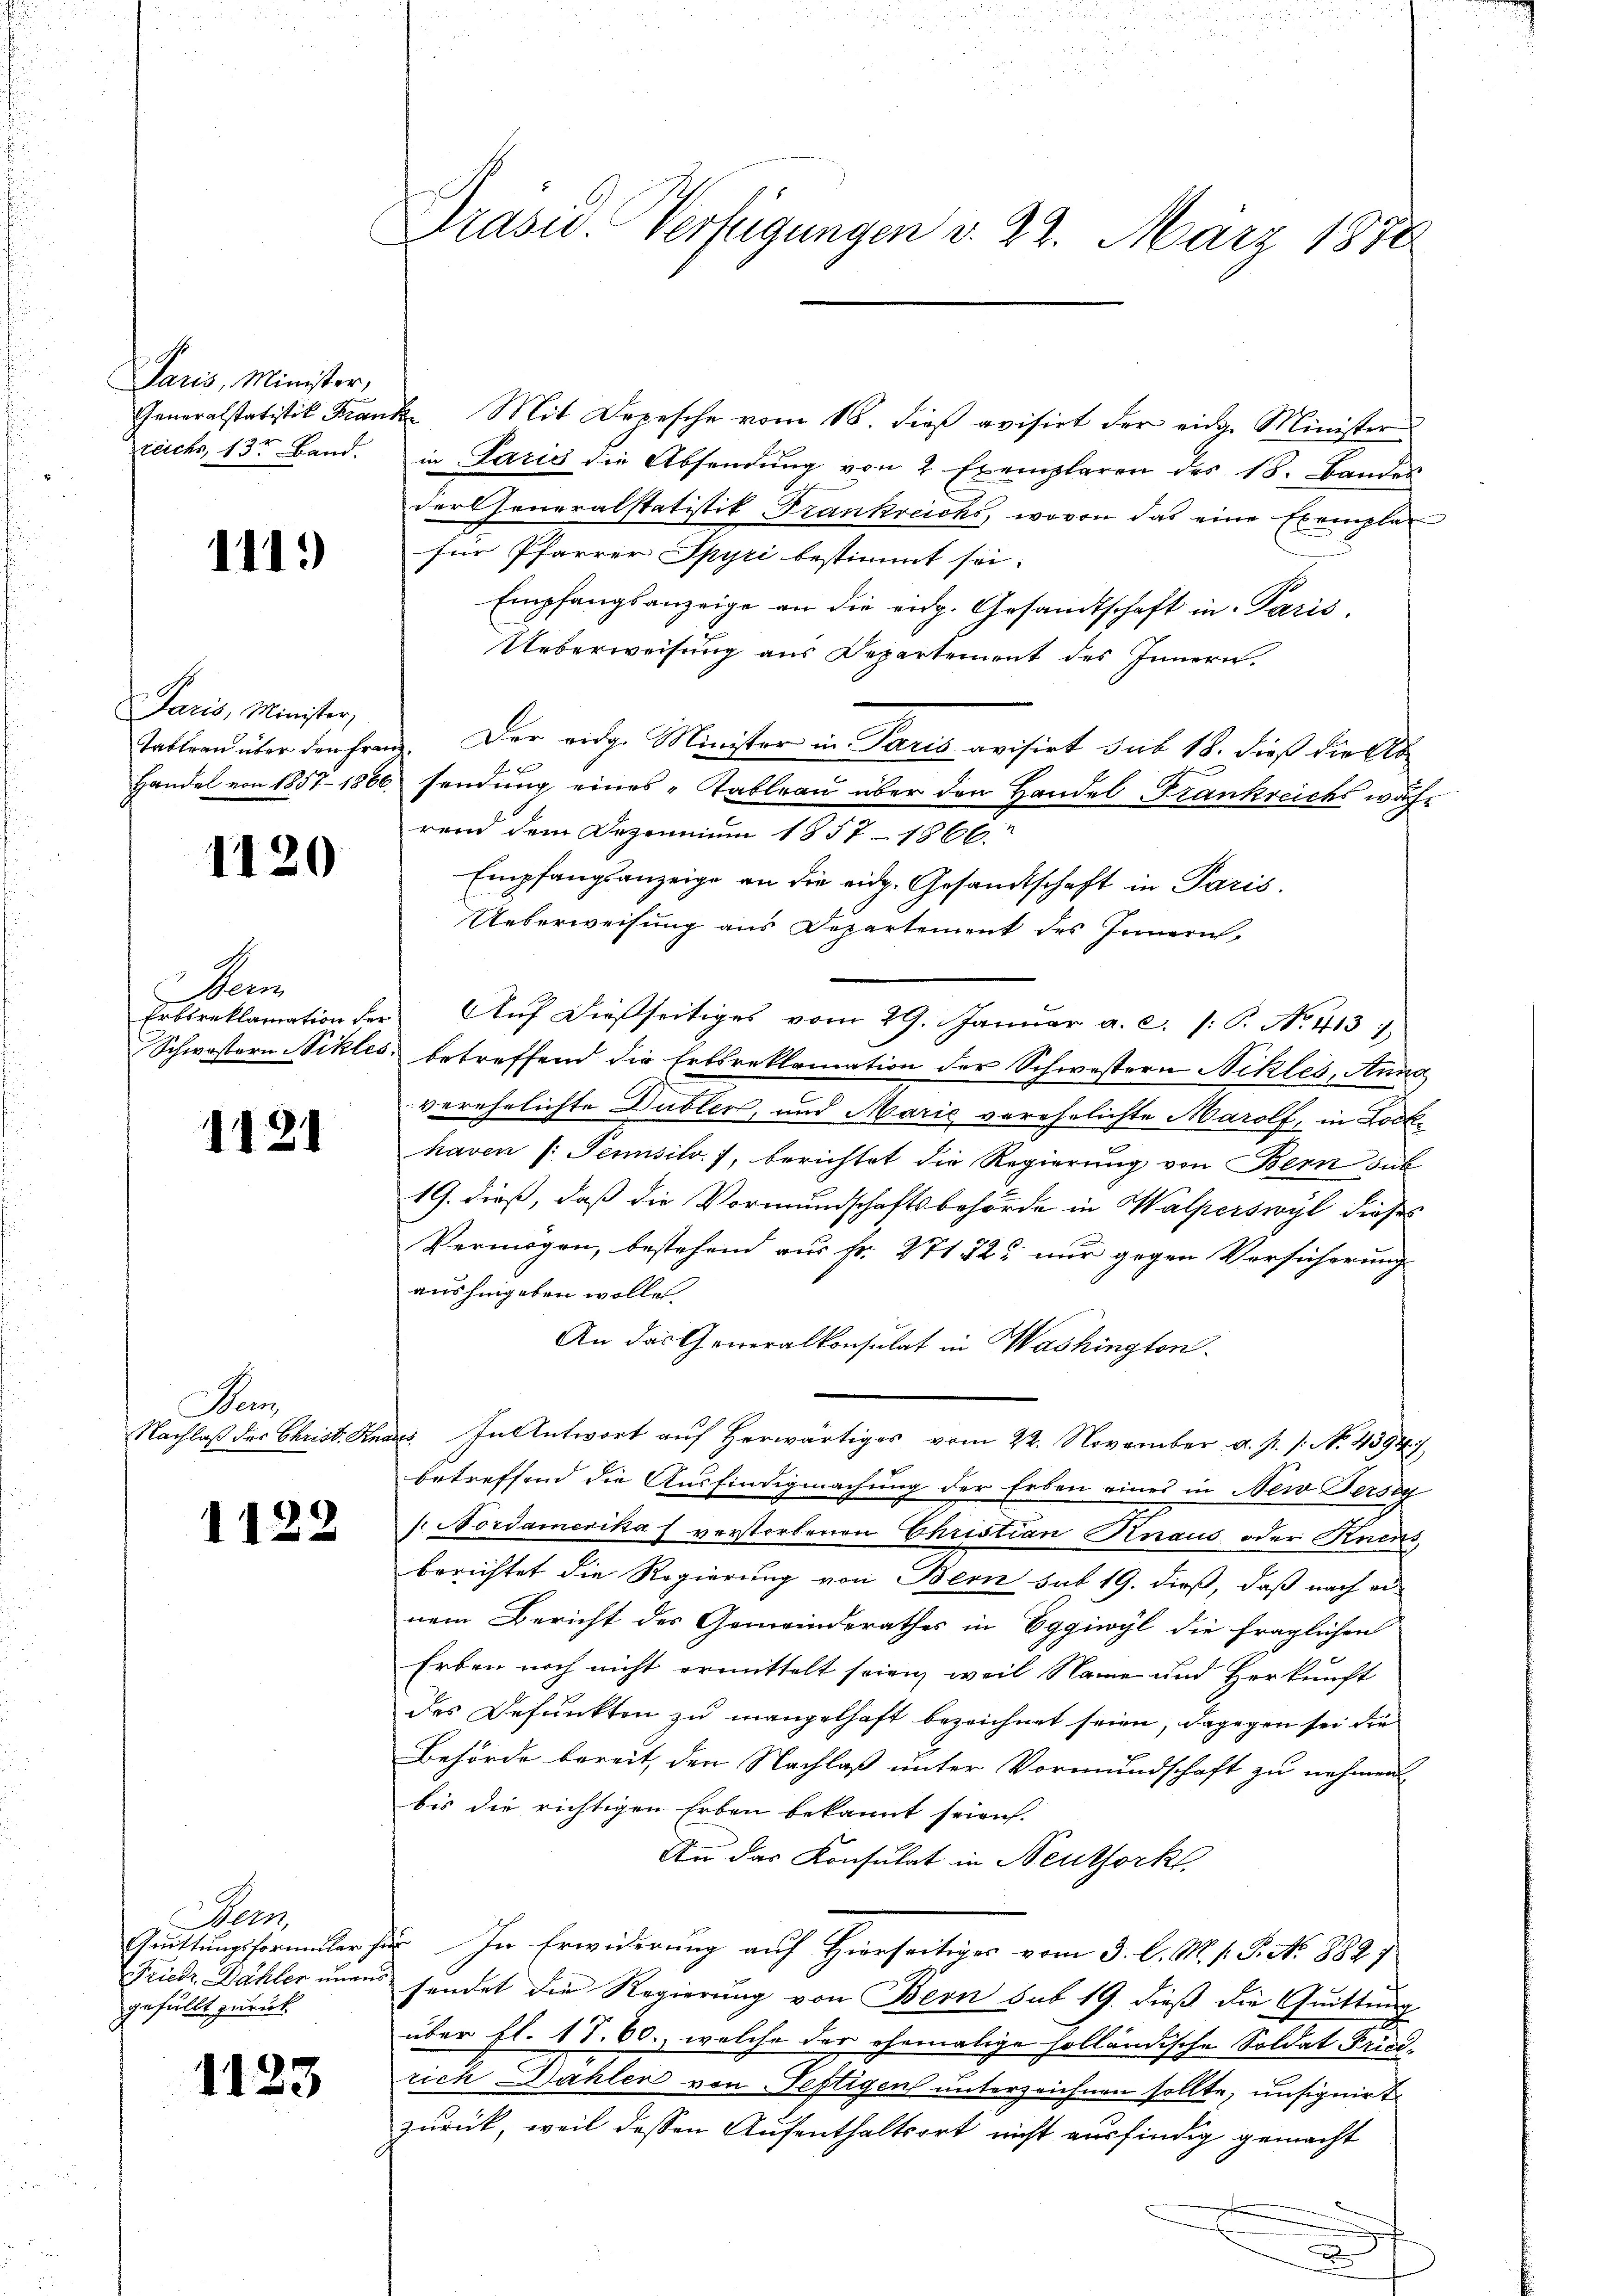
Paris, Minister,
reichs, 13t Band.

1119

Paris, Minister,

1120

en

1121

Sen

1122

Sep
gefüllt zurück

1123

Prasiv. Verfügungen d. 22. März 1888

Generalstatistik Frank. Mit Depesche vom 18. dieβ avisirt der eidg. Minister
in Paris die Absendŭng von 2 Exemplaren des 18. Bandes
der Generalstatistik, Trankreichs, wovon das eine Exemplar
für Pfarrer Spyri bestimmt sei.
Empfangsanzeige an die eidg. Gesandtschaft in Paris,
Ueberweisung aus Departement des Innern.
Tattrau über den frei. Der eidg. Minister in Paris avisirt sub 18. dieß die Ab¬
Handel von 1857-1886 sendŭng eines Tableau über den Handel Frankreichs während dem Dezennium 1857–1866.
Empfangsanzeige an die eidg. Gesandtschaft in Paris.
Ueberweisung aus Departement des Innern,
Erbsreklamation der Auf dießseitiges vom 29. Januar a. c. (: P. No. 413
Schwestern Nikles betreffend die Erbsreklamation der Schwestern Nikles, Anna
verehelichte Dubler, und Marie verehelichte Marolf, in Lockhaven /: Pemisito. 7, berichtet die Regierung von Bern sub
19. dieß, daß die Vormundschaftsbehörde in Walperswyl dieses
Vermögen, bestehend aus Fr. 271 22 nur gegen Versicherung
aushingeben wolle.
An das Generalkonsulat in Washington.
Nachlaß des Christ. Knaus. In Antwort auf herwärtiges vom 22. November a. p. 1. No. 4394),
betreffend die Ausfindigmachung der Erben eines in New Fersey
/. Nordamerikas verstorbenen Christian Knaus oder Knens,
berichtet die Regierung von Bern sub 19. dieß, daß nach einem Bericht des Gemeinderathes in Eggiwyl die fraglichen
Erben noch nicht ermittelt seien, weil Name und Herkunft
des Befunkten zu mangelhaft bezeichnet seien, dagegen sei die
Behörde bereit, den Nachlaß unter Vormundschaft zu nehmen
bis die richtigen Erben bekannt seien.
An das Konsulat in Neuthork
Quittungsformular für In Erwiderung auf Hierseitiges vom 3. l. M. s. S. No 882)
Friedr Dähler unaus sendet die Regierung von Bern sub 19. dieß die Quittung
über fl. 17. 60., welche der ehemalige holländische Soldat Friedrich Dählen von Seftigen unterzeichnen sollte, unsignirt
zurück, weil dessen Aufenthaltsort nicht ausfindig gemacht
e

.